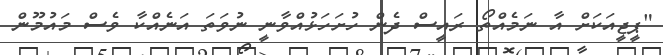
"ޕީޖީއަކަށް އާ ނަމެއްތޯ ރައީސް ދެން ހުށަހަޅުއްވާނީ ނުވަތަ އަނެއްކާ ވެސް މައުމޫން